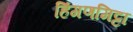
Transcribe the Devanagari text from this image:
हिंगणमिट्टा